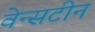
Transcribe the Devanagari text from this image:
वेन्सटीन